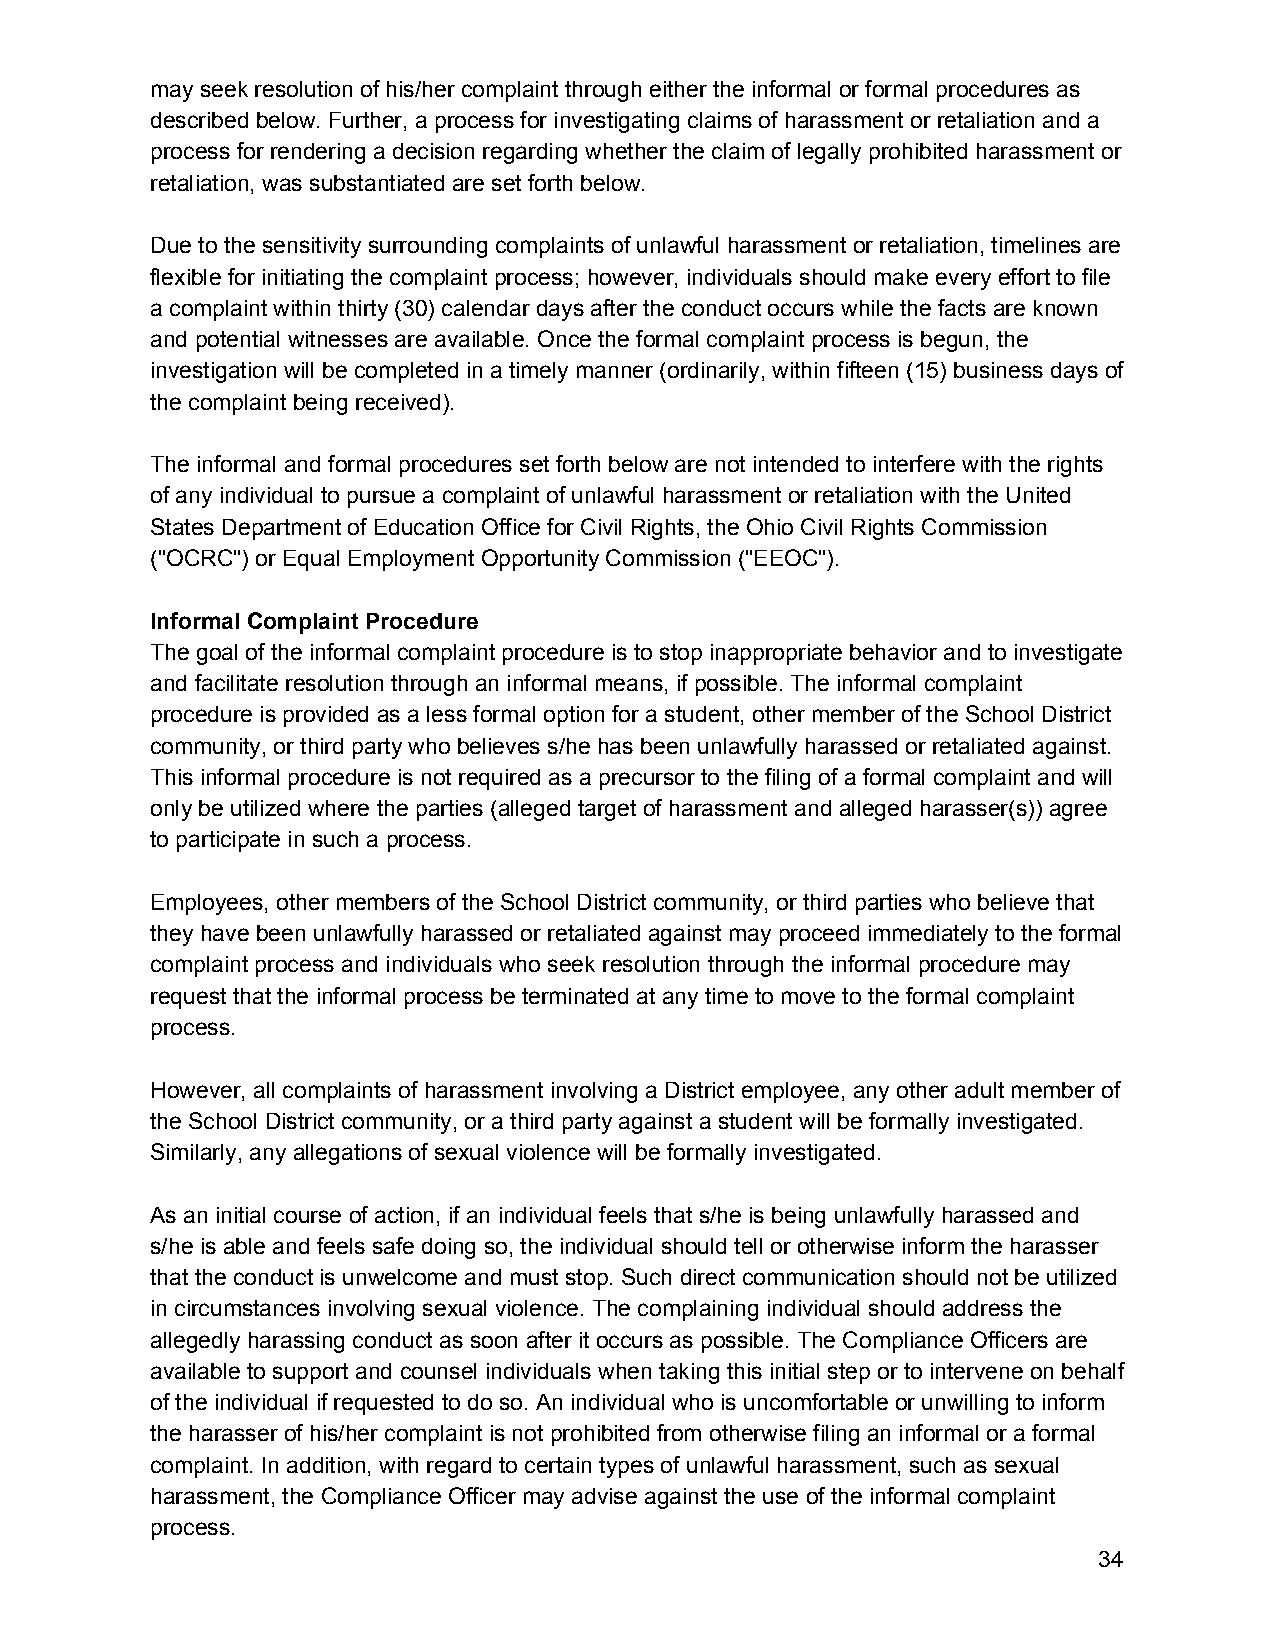
may seek resolution of his/her complaint through either the informal or formal procedures as
 described below. Further, a process for investigating claims of harassment or retaliation and a
 process for rendering a decision regarding whether the claim of legally prohibited harassment or
 retaliation, was substantiated are set forth below.
 Due to the sensitivity surrounding complaints of unlawful harassment or retaliation, timelines are
 flexible for initiating the complaint process; however, individuals should make every effort to file
 a complaint within thirty (30) calendar days after the conduct occurs while the facts are known
 and potential witnesses are available. Once the formal complaint process is begun, the
 investigation will be completed in a timely manner (ordinarily, within fifteen (15) business days of
 the complaint being received).
 The informal and formal procedures set forth below are not intended to interfere with the rights
 of any individual to pursue a complaint of unlawful harassment or retaliation with the United
 States Department of Education Office for Civil Rights, the Ohio Civil Rights Commission
 ("OCRC") or Equal Employment Opportunity Commission ("EEOC").
 Informal Complaint Procedure
 The goal of the informal complaint procedure is to stop inappropriate behavior and to investigate
 and facilitate resolution through an informal means, if possible. The informal complaint
 procedure is provided as a less formal option for a student, other member of the School District
 community, or third party who believes s/he has been unlawfully harassed or retaliated against.
 This informal procedure is not required as a precursor to the filing of a formal complaint and will
 only be utilized where the parties (alleged target of harassment and alleged harasser(s)) agree
 to participate in such a process.
 Employees, other members of the School District community, or third parties who believe that
 they have been unlawfully harassed or retaliated against may proceed immediately to the formal
 complaint process and individuals who seek resolution through the informal procedure may
 request that the informal process be terminated at any time to move to the formal complaint
 process.
 However, all complaints of harassment involving a District employee, any other adult member of
 the School District community, or a third party against a student will be formally investigated.
 Similarly, any allegations of sexual violence will be formally investigated.
 As an initial course of action, if an individual feels that s/he is being unlawfully harassed and
 s/he is able and feels safe doing so, the individual should tell or otherwise inform the harasser
 that the conduct is unwelcome and must stop. Such direct communication should not be utilized
 in circumstances involving sexual violence. The complaining individual should address the
 allegedly harassing conduct as soon after it occurs as possible. The Compliance Officers are
 available to support and counsel individuals when taking this initial step or to intervene on behalf
 of the individual if requested to do so. An individual who is uncomfortable or unwilling to inform
 the harasser of his/her complaint is not prohibited from otherwise filing an informal or a formal
 complaint. In addition, with regard to certain types of unlawful harassment, such as sexual
 harassment, the Compliance Officer may advise against the use of the informal complaint
 process.
 34